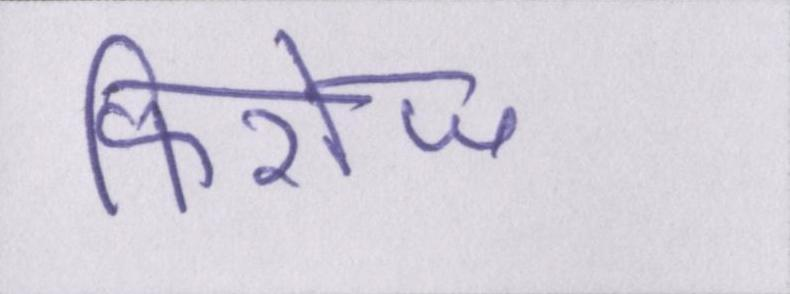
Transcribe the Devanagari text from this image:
फिरोज